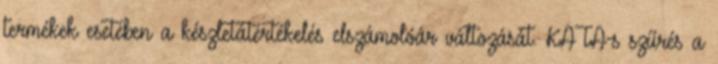
termékek esetében a készletátértékelés elszámolóár változását. KATA-s szűrés a